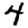
Digit: 4